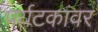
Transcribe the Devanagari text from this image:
पर्यटकांवर